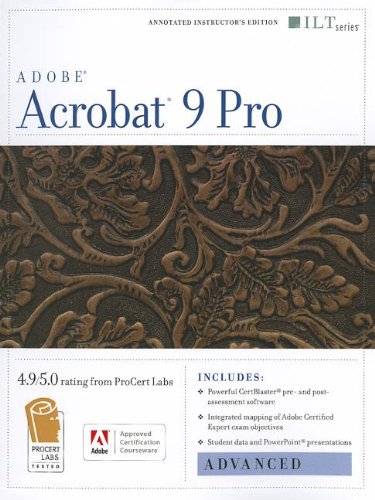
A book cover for Acrobat 9 Pro: Advanced, Ace Edition + Certblaster (ILT); Computers & Technology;